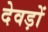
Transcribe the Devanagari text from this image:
देवड़ों